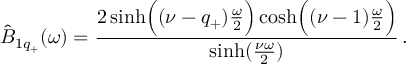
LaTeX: \hat { B } _ { 1 q _ { + } } ( \omega ) = { \frac { 2 \sinh \Bigl ( ( \nu - q _ { + } ) { \frac { \omega } { 2 } } \Bigr ) \cosh \Bigl ( ( \nu - 1 ) { \frac { \omega } { 2 } } \Bigr ) } { \sinh ( { \frac { \nu \omega } { 2 } } ) } } \, .